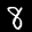
Label: 8